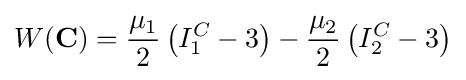
W(\mathbf {C} )={\frac {\mu _{1}}{2}}\left(I_{1}^{C}-3\right)-{\frac {\mu _{2}}{2}}\left(I_{2}^{C}-3\right)